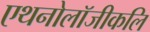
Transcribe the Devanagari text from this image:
एथनोलॉजीकलि